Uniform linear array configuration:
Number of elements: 64
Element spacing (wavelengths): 0.25
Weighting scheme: exponential
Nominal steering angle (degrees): -45
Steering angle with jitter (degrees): -44.319
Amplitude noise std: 0.05
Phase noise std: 0.05

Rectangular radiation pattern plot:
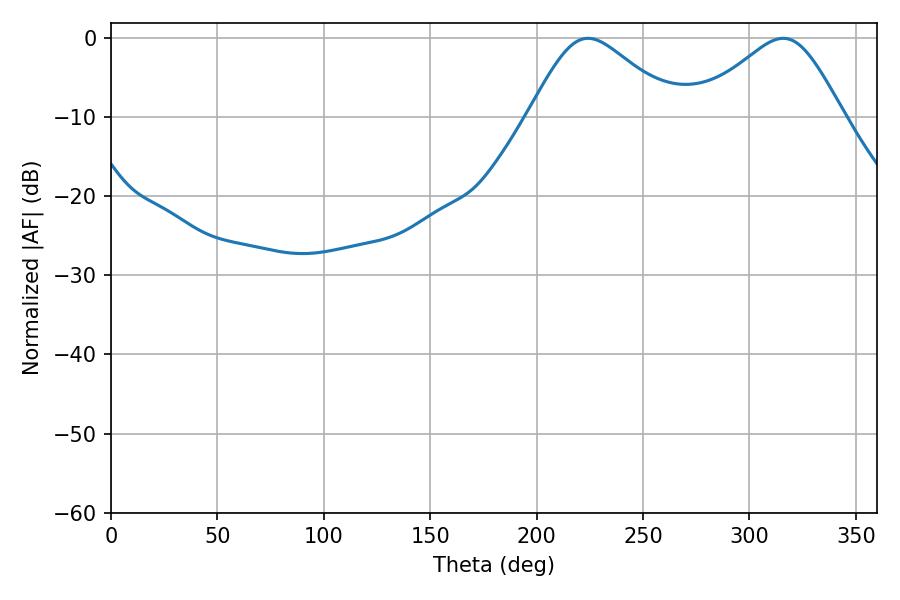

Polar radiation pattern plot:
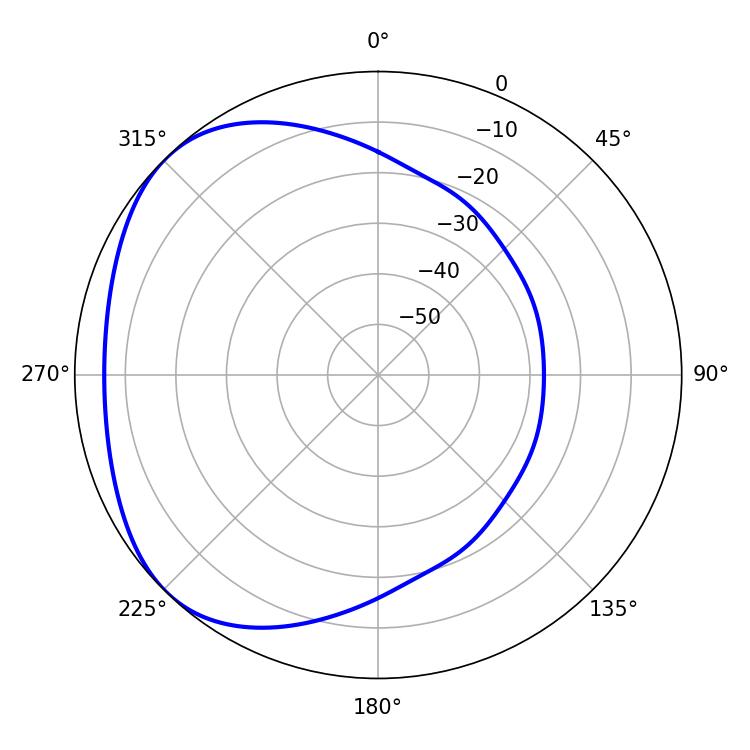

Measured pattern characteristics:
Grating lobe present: FALSE
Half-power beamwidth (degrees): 34.2
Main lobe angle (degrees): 224.1